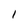
Character: 1